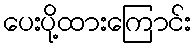
ပေးပို့ထားကြောင်း